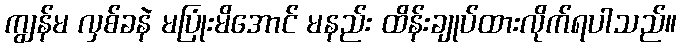
ကျွန်မ လှစ်ခနဲ မပြုံးမိအောင် မနည်း ထိန်းချုပ်ထားလိုက်ရပါသည်။